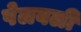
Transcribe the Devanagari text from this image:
पेलवली